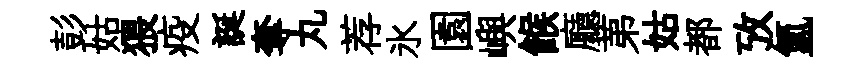
彭姑猥疫誕奪丸荐氷園嶼餱廳苐姑都攷氳